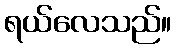
ရယ်လေသည်။